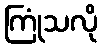
ကြုံသလို